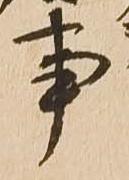
事